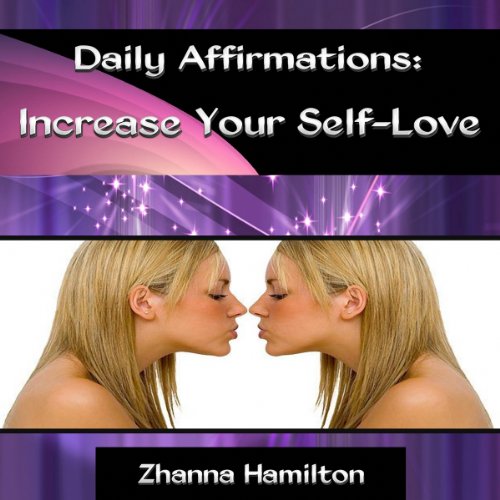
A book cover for Daily Affirmations: Increase Your Self-Love; Zhanna Hamilton; Self-Help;